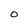
Character: 0